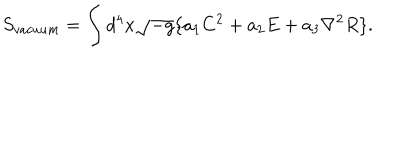
S _ { v a c u u m } = \int d ^ { 4 } x \sqrt { - g } \{ a _ { 1 } C ^ { 2 } + a _ { 2 } E + a _ { 3 } { \nabla } ^ { 2 } R \} .